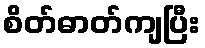
စိတ်ဓာတ်ကျပြီး